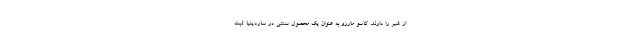
از شیر را دارند. کاسو مارزو به عنوان یک محصول سنتی در ساردینیا ثبت